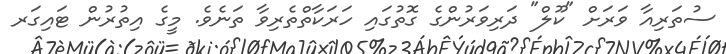
ސުތަރިއާ ވަރަށް "ކޫލް" ދަރިވަރުންގެ ގޮތުގައި ހަރަކާތްތެރިވާ ތަނެވެ. މީގެ އިތުރުން ޓައިގަރ